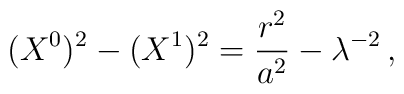
(X^0)^2 - (X^1)^2 = \frac{r^2}{a^2} - \lambda^{-2}\,,